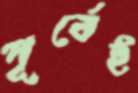
পূর্বেই